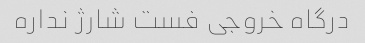
درگاه خروجی فست شارژ نداره